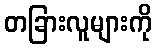
တခြားလူများကို